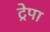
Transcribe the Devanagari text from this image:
ट्रेपा